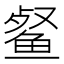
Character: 𮬞